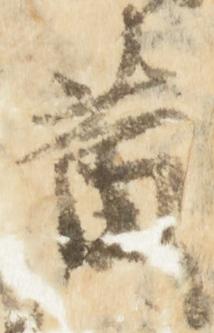
黄